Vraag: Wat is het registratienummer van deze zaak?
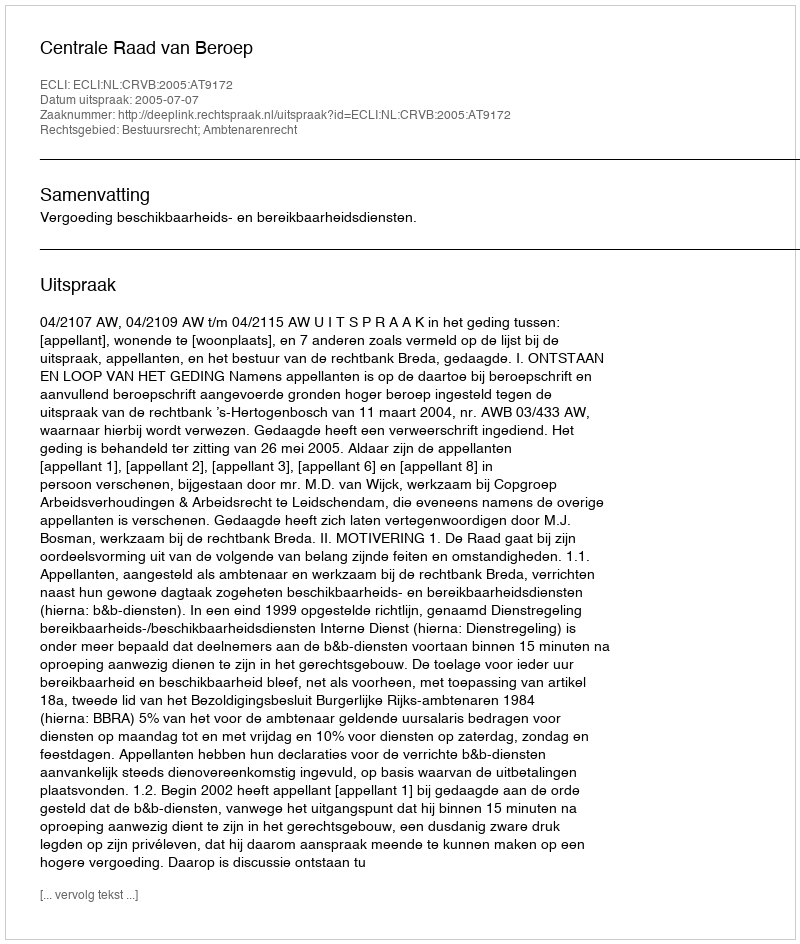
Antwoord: http://deeplink.rechtspraak.nl/uitspraak?id=ECLI:NL:CRVB:2005:AT9172